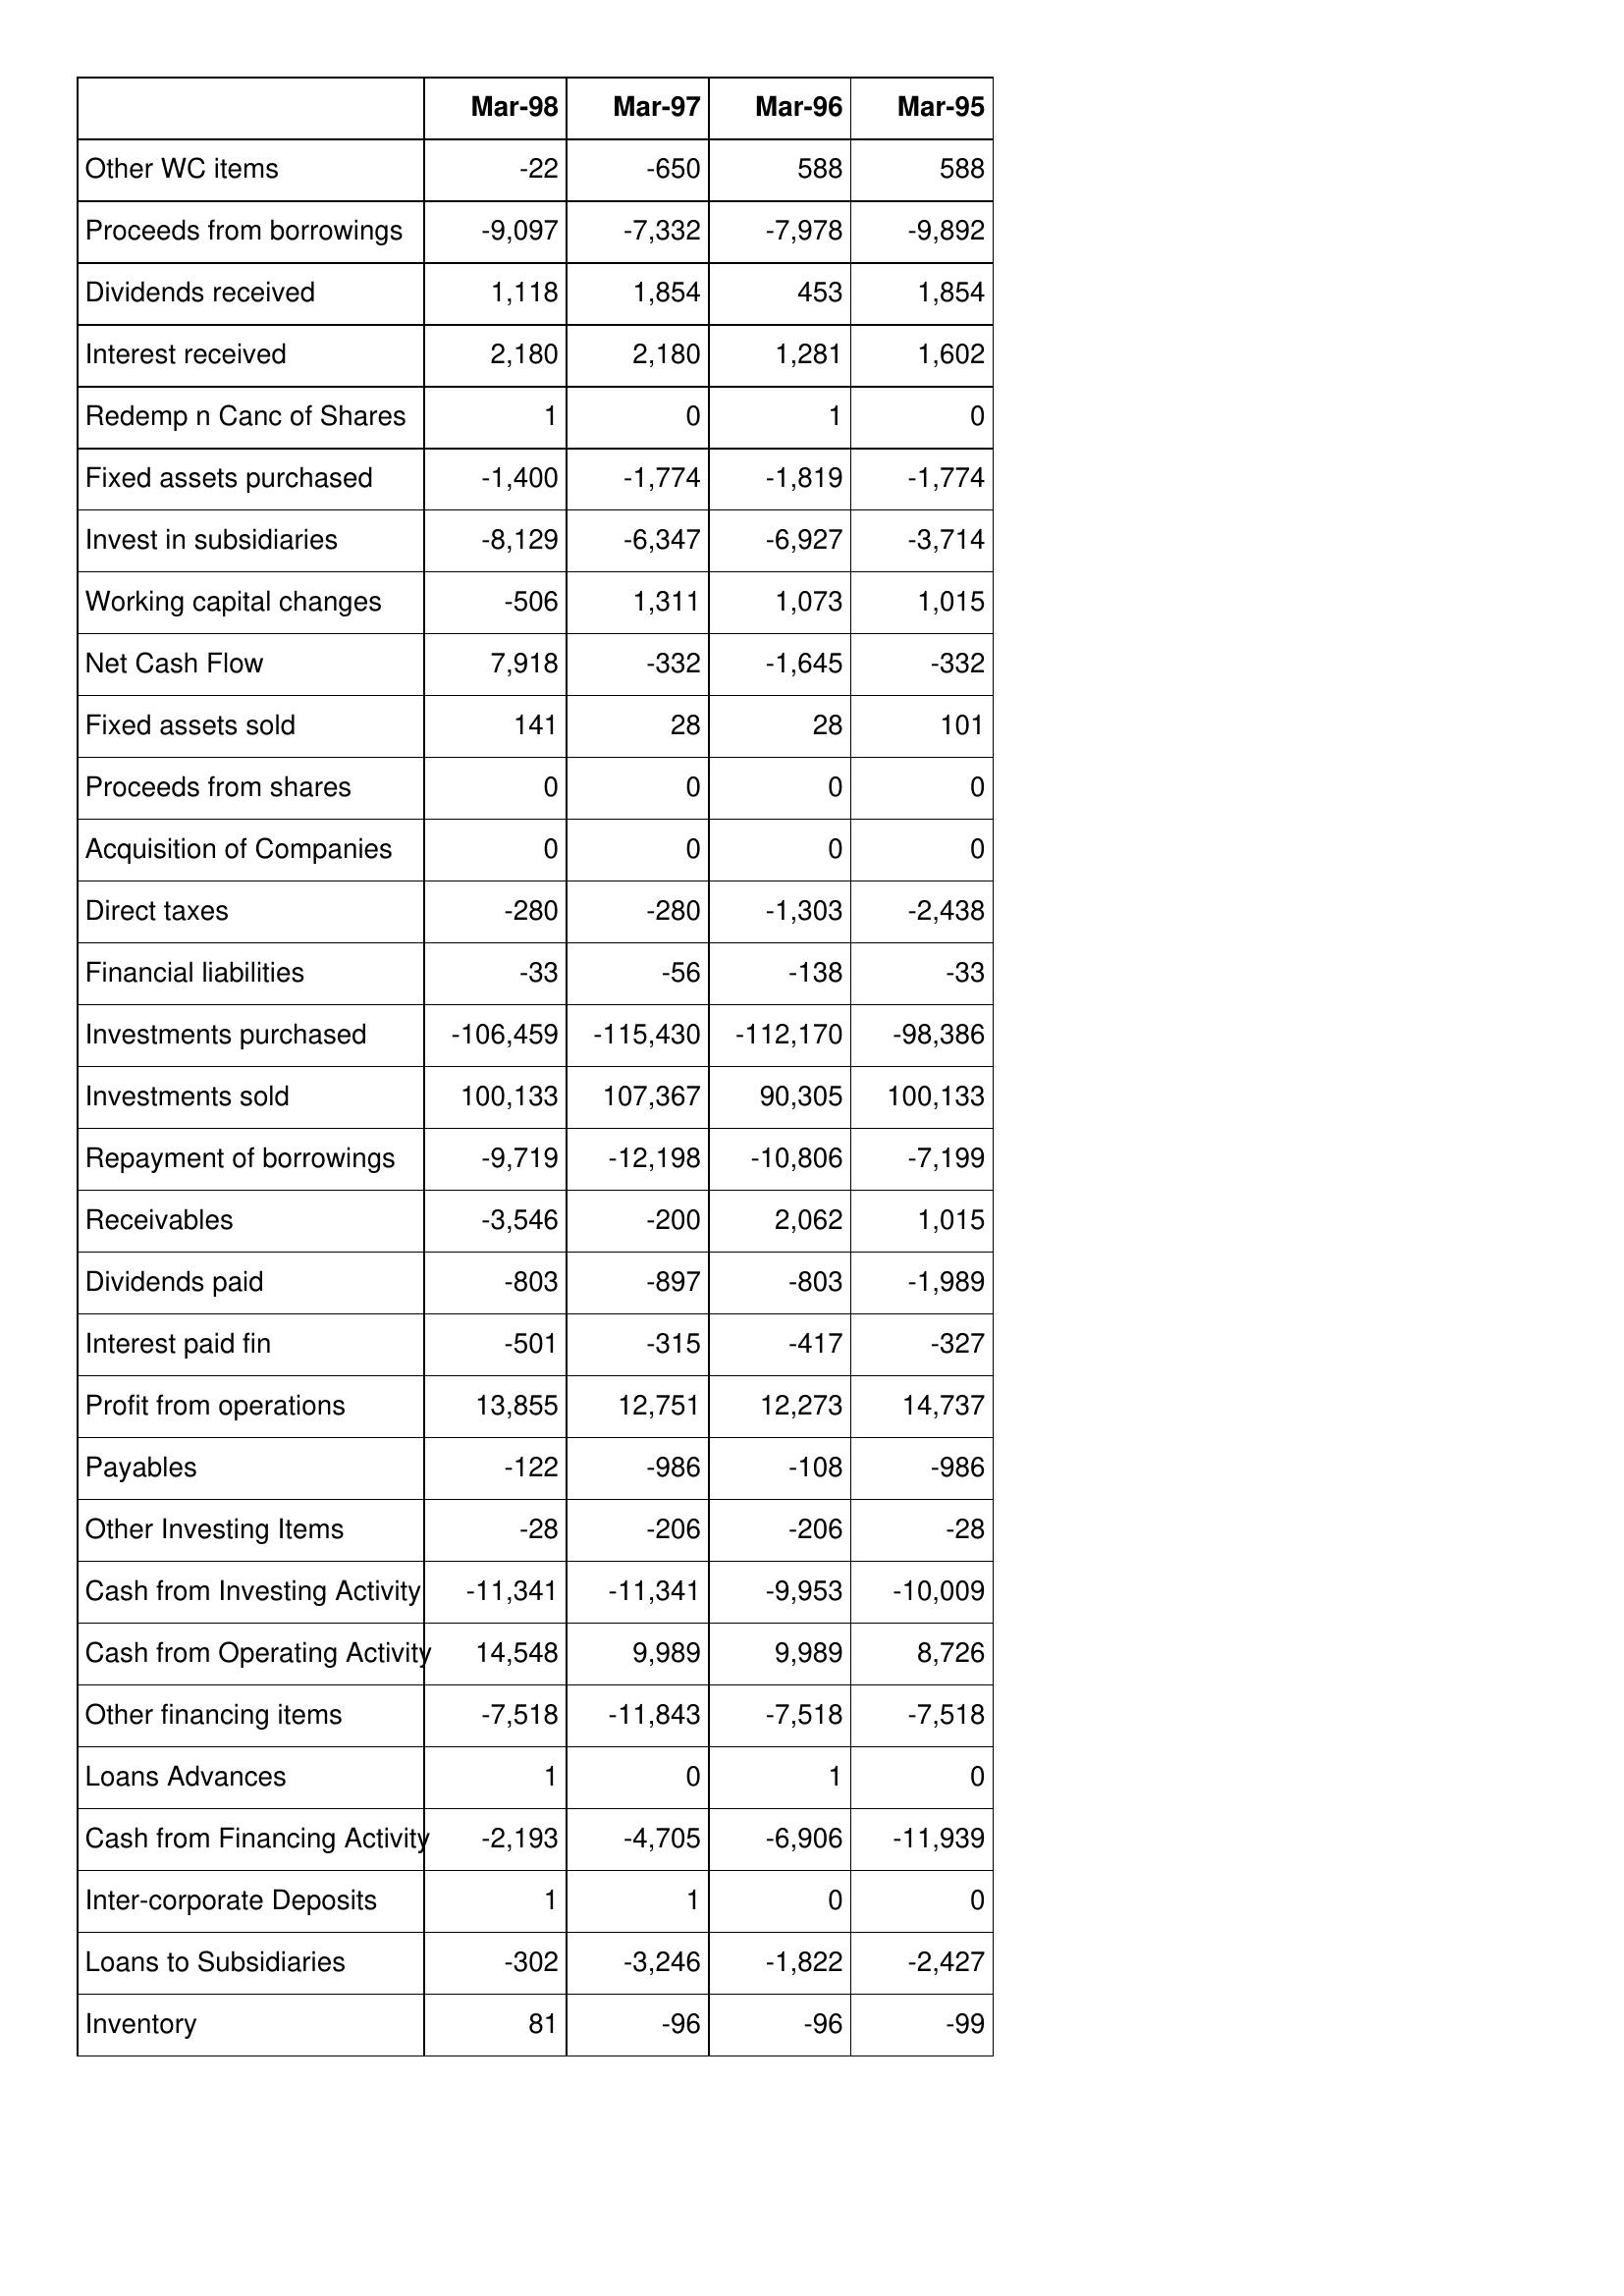
Mar-98: Cash Flows: Other WC items: -22
Proceeds from borrowings: -9,097
Dividends received: 1,118
Interest received: 2,180
Redemp n Canc of Shares: 1
Fixed assets purchased: -1,400
Invest in subsidiaries: -8,129
Working capital changes: -506
Net Cash Flow: 7,918
Fixed assets sold: 141
Proceeds from shares: 0
Acquisition of Companies: 0
Direct taxes: -280
Financial liabilities: -33
Investments purchased: -106,459
Investments sold: 100,133
Repayment of borrowings: -9,719
Receivables: -3,546
Dividends paid: -803
Interest paid fin: -501
Profit from operations: 13,855
Payables: -122
Other Investing Items: -28
Cash from Investing Activity: -11,341
Cash from Operating Activity: 14,548
Other financing items: -7,518
Loans Advances: 1
Cash from Financing Activity: -2,193
Inter-corporate Deposits: 1
Loans to Subsidiaries: -302
Inventory: 81
Mar-97: Cash Flows: Other WC items: -650
Proceeds from borrowings: -7,332
Dividends received: 1,854
Interest received: 2,180
Redemp n Canc of Shares: 0
Fixed assets purchased: -1,774
Invest in subsidiaries: -6,347
Working capital changes: 1,311
Net Cash Flow: -332
Fixed assets sold: 28
Proceeds from shares: 0
Acquisition of Companies: 0
Direct taxes: -280
Financial liabilities: -56
Investments purchased: -115,430
Investments sold: 107,367
Repayment of borrowings: -12,198
Receivables: -200
Dividends paid: -897
Interest paid fin: -315
Profit from operations: 12,751
Payables: -986
Other Investing Items: -206
Cash from Investing Activity: -11,341
Cash from Operating Activity: 9,989
Other financing items: -11,843
Loans Advances: 0
Cash from Financing Activity: -4,705
Inter-corporate Deposits: 1
Loans to Subsidiaries: -3,246
Inventory: -96
Mar-96: Cash Flows: Other WC items: 588
Proceeds from borrowings: -7,978
Dividends received: 453
Interest received: 1,281
Redemp n Canc of Shares: 1
Fixed assets purchased: -1,819
Invest in subsidiaries: -6,927
Working capital changes: 1,073
Net Cash Flow: -1,645
Fixed assets sold: 28
Proceeds from shares: 0
Acquisition of Companies: 0
Direct taxes: -1,303
Financial liabilities: -138
Investments purchased: -112,170
Investments sold: 90,305
Repayment of borrowings: -10,806
Receivables: 2,062
Dividends paid: -803
Interest paid fin: -417
Profit from operations: 12,273
Payables: -108
Other Investing Items: -206
Cash from Investing Activity: -9,953
Cash from Operating Activity: 9,989
Other financing items: -7,518
Loans Advances: 1
Cash from Financing Activity: -6,906
Inter-corporate Deposits: 0
Loans to Subsidiaries: -1,822
Inventory: -96
Mar-95: Cash Flows: Other WC items: 588
Proceeds from borrowings: -9,892
Dividends received: 1,854
Interest received: 1,602
Redemp n Canc of Shares: 0
Fixed assets purchased: -1,774
Invest in subsidiaries: -3,714
Working capital changes: 1,015
Net Cash Flow: -332
Fixed assets sold: 101
Proceeds from shares: 0
Acquisition of Companies: 0
Direct taxes: -2,438
Financial liabilities: -33
Investments purchased: -98,386
Investments sold: 100,133
Repayment of borrowings: -7,199
Receivables: 1,015
Dividends paid: -1,989
Interest paid fin: -327
Profit from operations: 14,737
Payables: -986
Other Investing Items: -28
Cash from Investing Activity: -10,009
Cash from Operating Activity: 8,726
Other financing items: -7,518
Loans Advances: 0
Cash from Financing Activity: -11,939
Inter-corporate Deposits: 0
Loans to Subsidiaries: -2,427
Inventory: -99